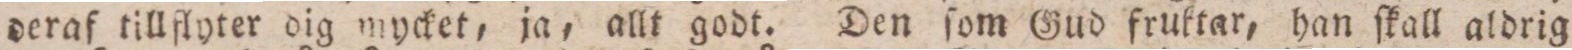
deraf tillflyter dig mycket, ja, allt godt. Den ſom Gud fruktar, han ſkall aldrig